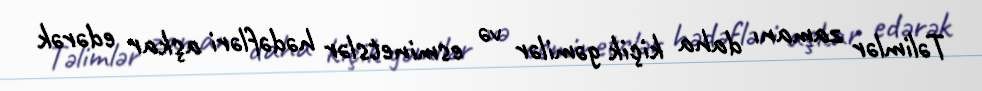
Təlimlər zamanı daha kiçik gəmilər və esminetslər hədəfləri aşkar edərək